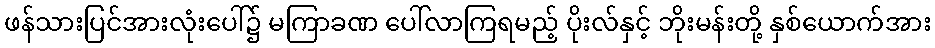
ဖန်သားပြင်အားလုံးပေါ်၌ မကြာခဏ ပေါ်လာကြရမည့် ပိုးလ်နှင့် ဘိုးမန်းတို့ နှစ်ယောက်အား